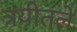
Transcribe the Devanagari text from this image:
त्रयीतले